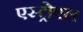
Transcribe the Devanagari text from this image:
एस्ट्रोएल